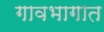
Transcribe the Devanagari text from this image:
गावभागात